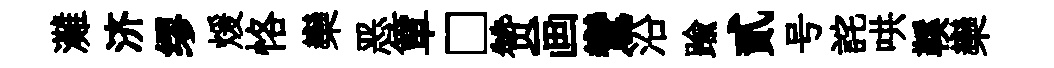
灘济缪煖恪欒恶簞□赞画鸞沿踰貳号詫哄鞵欒